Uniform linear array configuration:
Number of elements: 48
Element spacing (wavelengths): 1
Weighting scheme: exponential
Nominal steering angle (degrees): -15
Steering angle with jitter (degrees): -14.443
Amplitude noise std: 0.05
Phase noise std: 0.05

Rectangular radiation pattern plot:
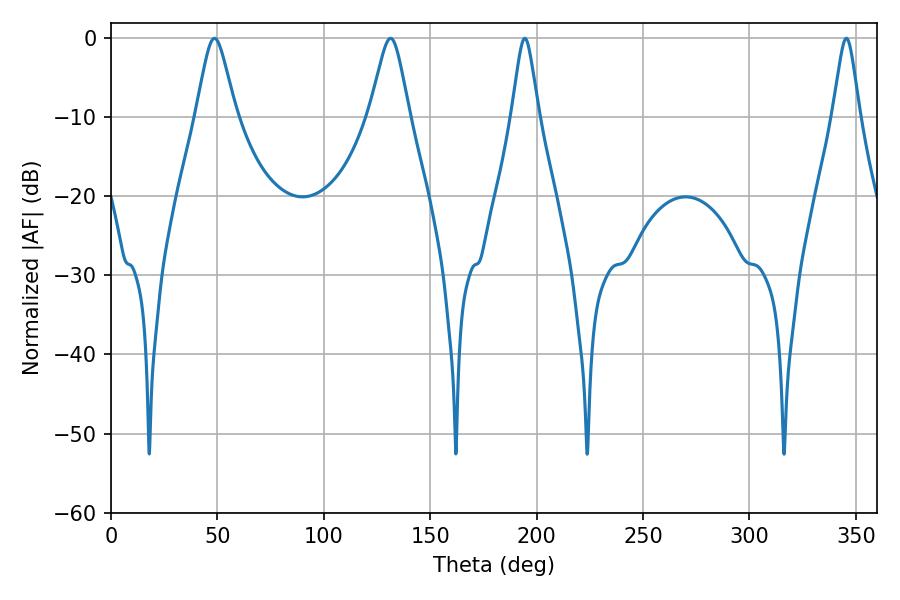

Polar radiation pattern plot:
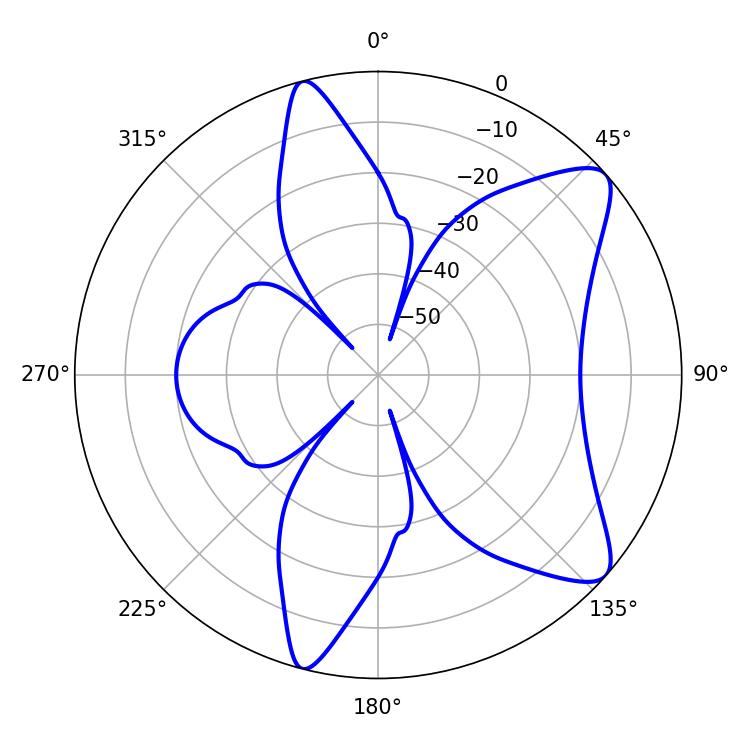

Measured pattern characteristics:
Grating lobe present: TRUE
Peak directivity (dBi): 9.385
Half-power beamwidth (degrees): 9
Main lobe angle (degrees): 48.6